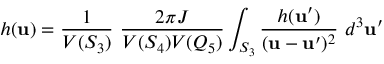
h ( { \bf u } ) = \frac { 1 } { V ( S _ { 3 } ) } \ \frac { 2 \pi J } { V ( S _ { 4 } ) V ( Q _ { 5 } ) } \int _ { S _ { 3 } } \frac { h ( { \bf u } ^ { \prime } ) } { ( { \bf u } - { \bf u } ^ { \prime } ) ^ { 2 } } \ d ^ { 3 } { \bf u } ^ { \prime }